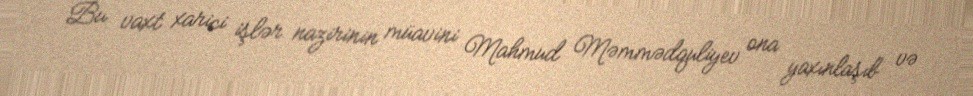
Bu vaxt xarici işlər nazirinin müavini Mahmud Məmmədquliyev ona yaxınlaşıb və